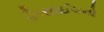
મિસાઈલનો